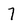
Character: 7